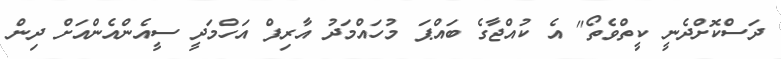
ދަސްކޮށްދެނީ ކީތްވެތޯ" އެ ކުއްޖާގެ ބައްޕަ މުހައްމަދު އާރިފް އަހްމަދީ ސީއެންއެންއަށް ދިން